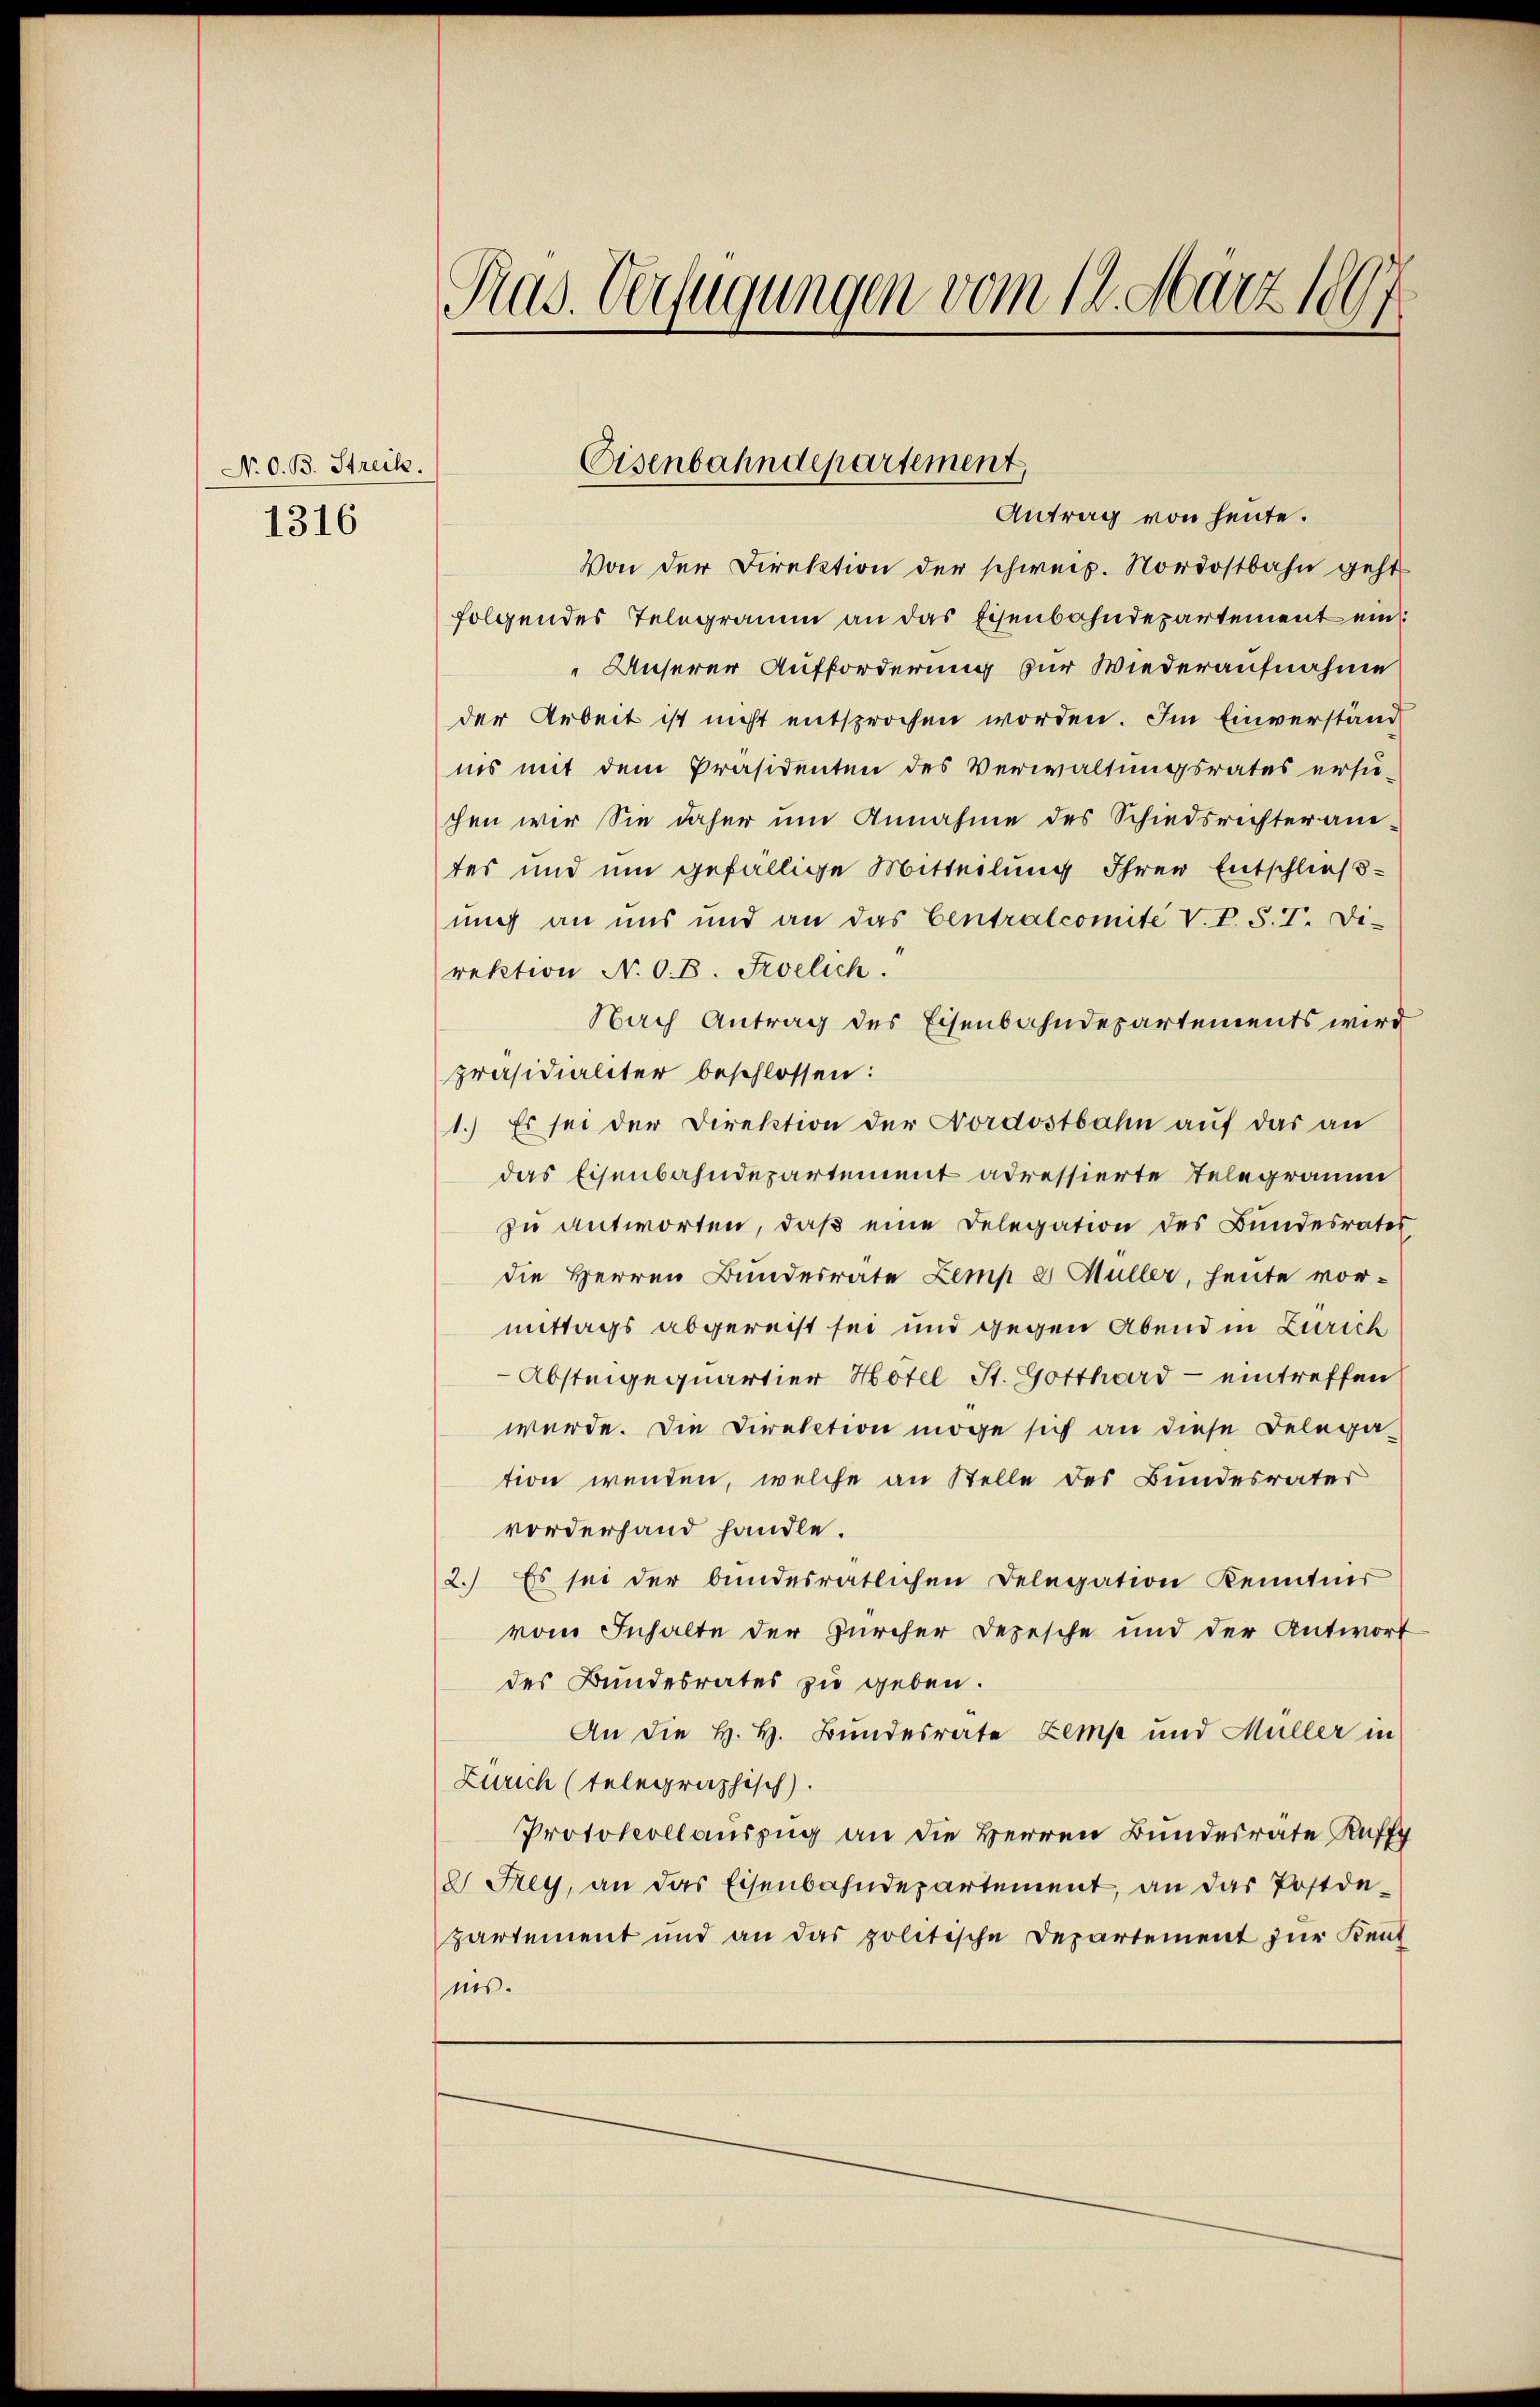
N. O. B. Streik.
1316

Prad. Verfügungen vom 14. März 1891

Von der Direktion der schweiz. Nordostbahn geht
folgendes Telegramm an das Eisenbahndepartement ein
 Unserer Aufforderung zur Wiederaufnahme
der Arbeit ist nicht entsprochen worden. Im Einverständ
nis mit dem Präsidenten des Verwaltungsrates ersi-
chen wir Sie daher um Annahme des Schiedsrichter ane
tes und um gefällige Mitteilung Ihrer Entschließ
mich an uns und an das Centralcomite V. P. S. I. Di-
rektion N. O. B. Frevelich.
Nach Antrag des Eisenbahndepartements wird
präsidialiter beschlossen:
1.) Es sei der Direktion der Nordostbahn aŭf das an
das Eisenbahndepartement adressierte Telegramm
zu antworten, daß eine Delegation des Bundesrates
die Herren Bundesrate Zemp 8 Müller, heute vor-
mittags abgereist sei und gegen Abend in Zürich
Absteigequartier Hotel St. Gotthard - eintreffen
werde. Die Direktion möge sich an diese Belega-
tion wenden, welche an Stelle des Bundesrater
vorderhand handle.
2.) Es sei der bundesratlichen Delegation Kenntner
vom Inhalte der Zürcher Depesche und der Antwort
des Bundesrates zu geben.
An die H. H. Bundesrate Zemp und Müller in
Zürich (telegraphisch).
Protokollauszug an die Herren Bundesrate Auff
8 Rey, an das Eisenbahndepartement, an das Postdepartement und an das politische Departement zur Kent
ins.

Eisenbahndepartement,
Antrag von heute.